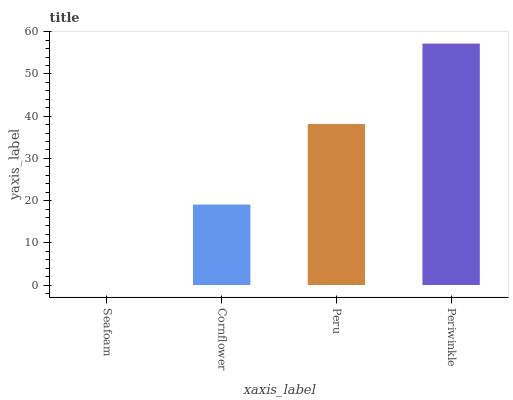
| xaxis_label | bars |
 | --- | --- |
 | Seafoam | 0 |
 | Cornflower | 19.1 |
 | Peru | 38.1 |
 | Periwinkle | 57.2 |